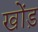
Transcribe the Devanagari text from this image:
खोंड़